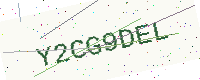
Text: Y2CG9DEL